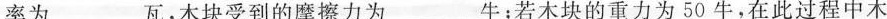
率为___瓦，木块受到的摩擦力为___牛；若木块的重力为50牛，在此过程中木